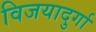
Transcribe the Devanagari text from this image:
विजयादुर्गा